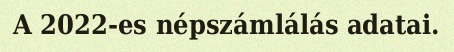
A 2022-es népszámlálás adatai.